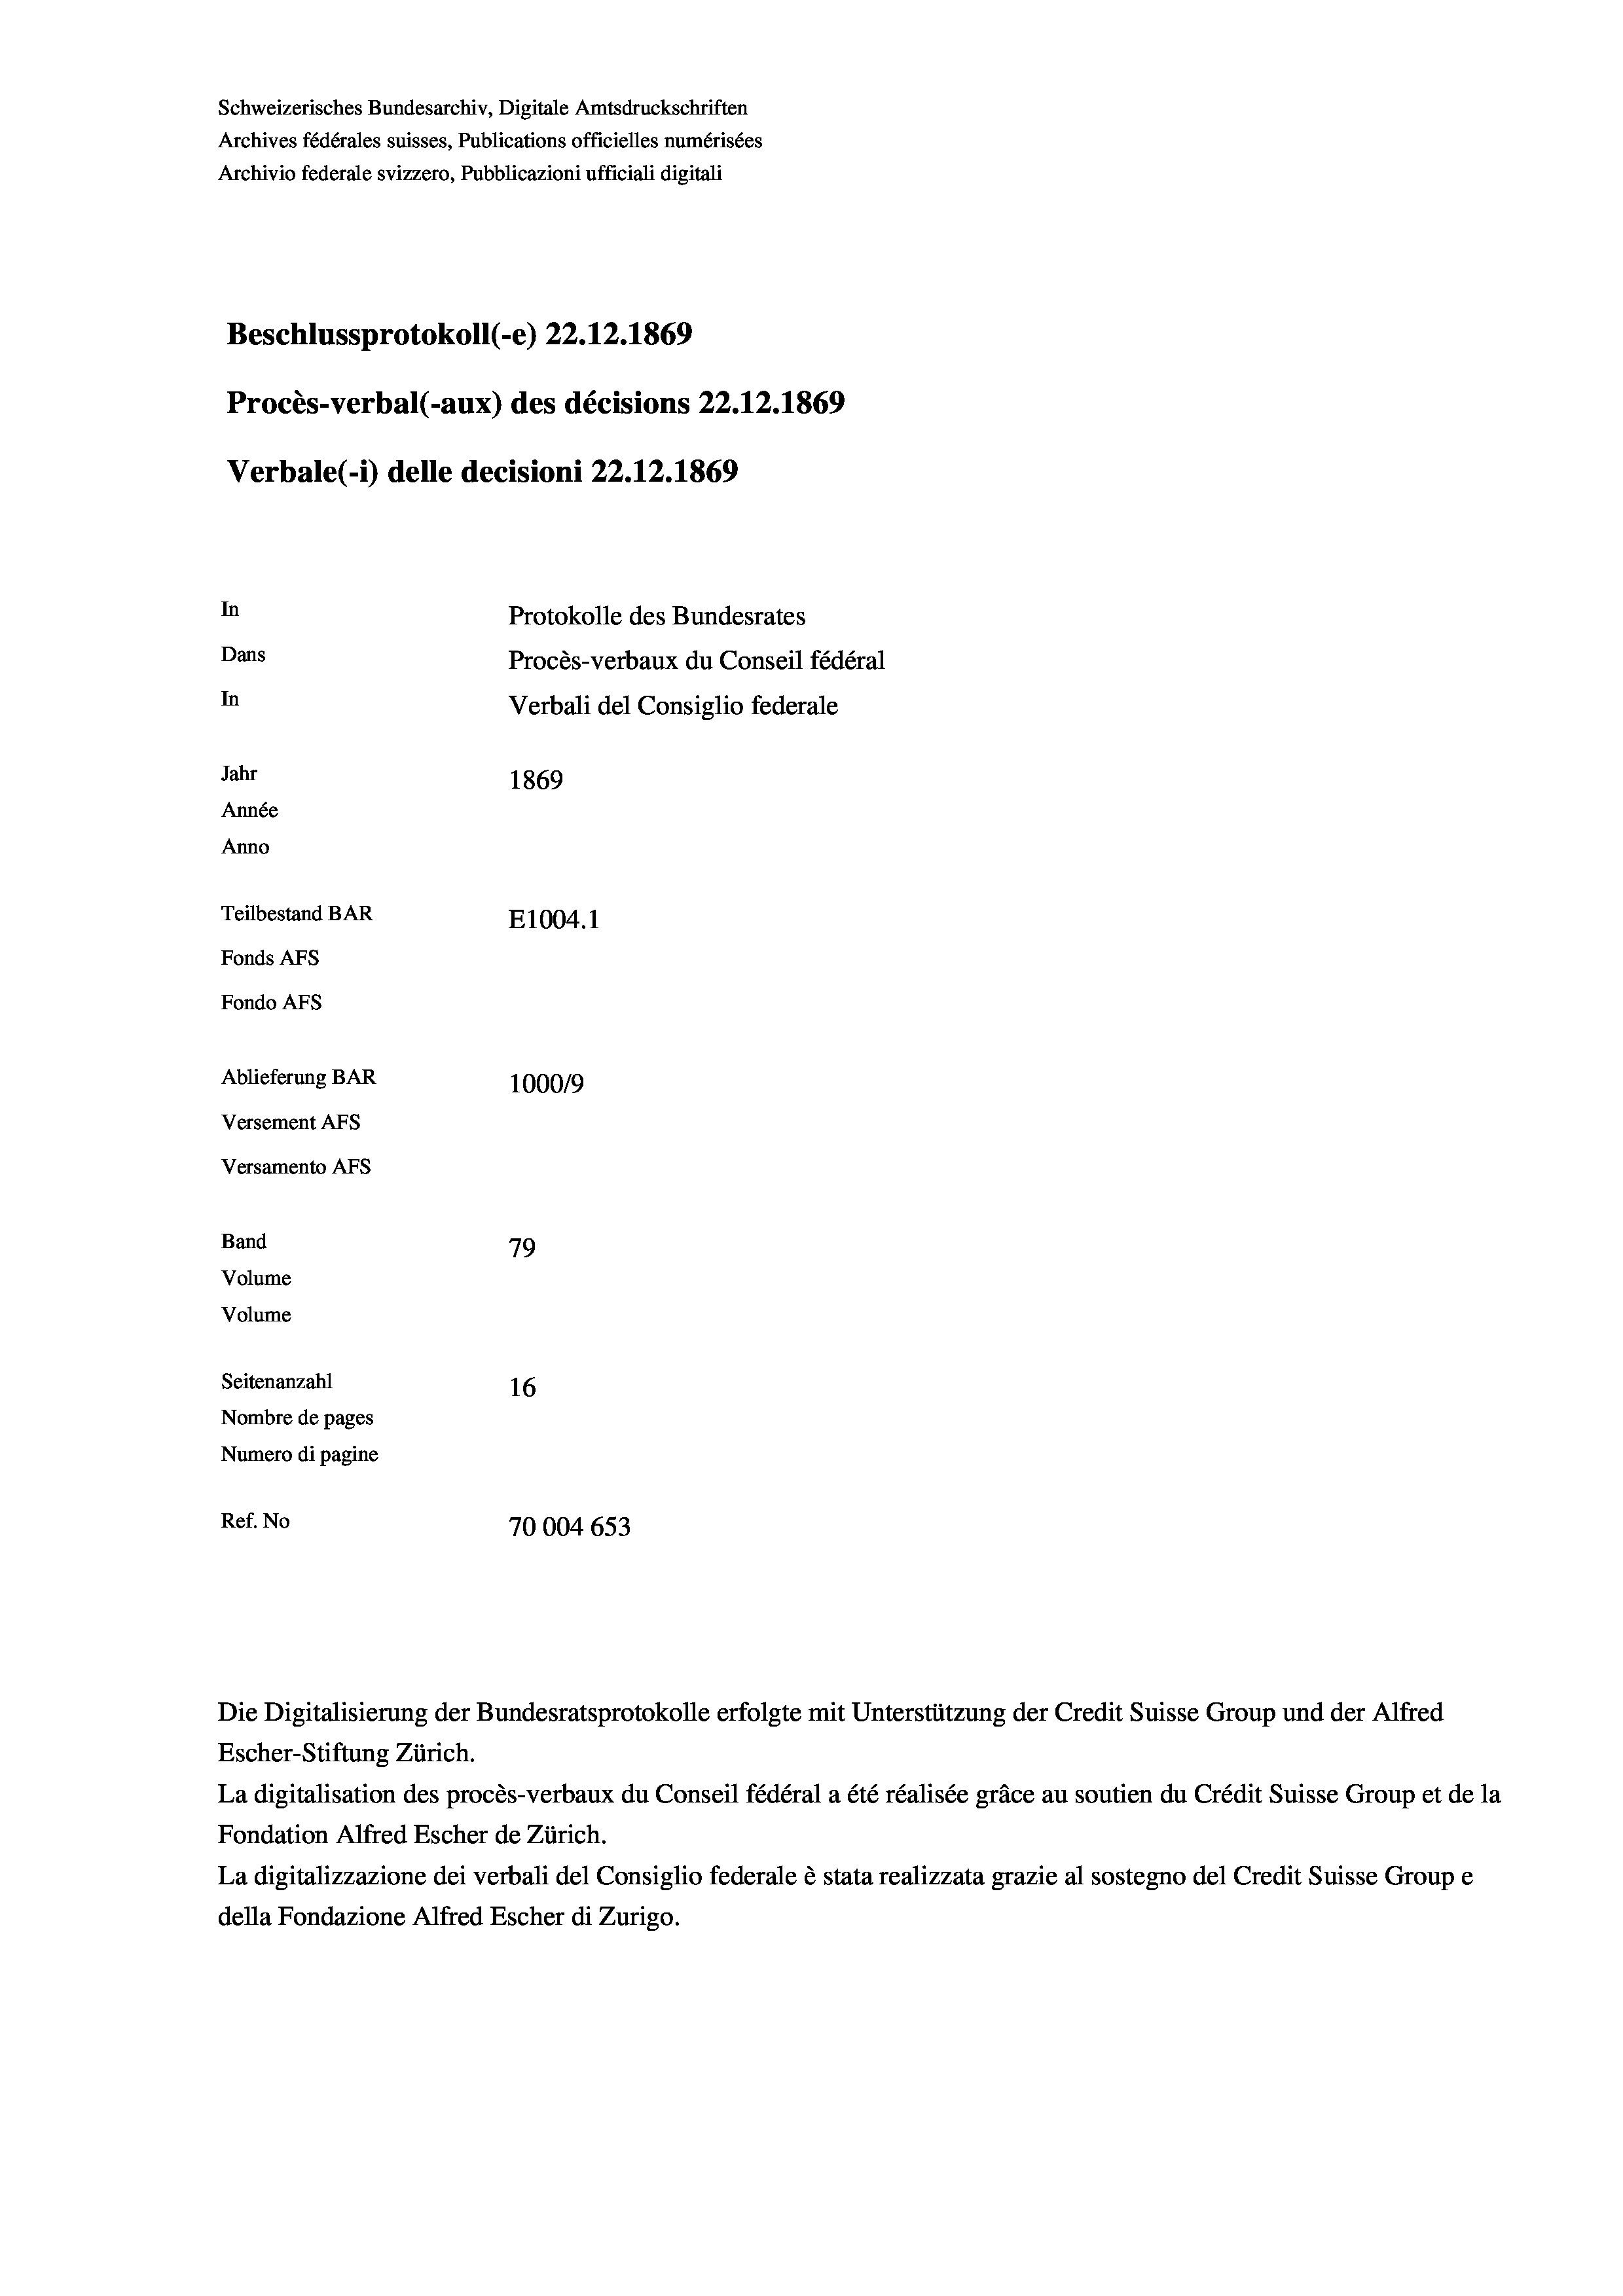
Schweizerisches Bundesarchiv, Digitale Amtsdruckschriften
Archives fédérales suisses, Publications officielles numérisées
Archivio federale svizzero, Pubblicazioni ufficiali digitali
Beschlussprotokoll (-e) 22.12.1869
Procès-verbal (-aux) des décisions 22.12.1869
Verbale (1) delle decisioni 22.12.1869
In
Protokolle des Bundesrates
Dans
Procès-verbaux du Conseil fédéral
In
Verbali del Consiglio federale
Jahr
1869
Année
Anno
Teilbestand BAR
E1004.1
Fonds Afs
Fondo Afs
Ablieferung BAR
1000/9
Versement Abs
Versamento Afs

Band
Volume
Volume

79
Seitenanzahl
16
Nombre de pages
Numero di pagine
Ref. No
70004 653

Escher-Stiftung Zürich.
La digitalisation des procès-verbaux du Conseil fédéral a été réalisée gräce au soutien du Crédit Suisse Group et de la
Fondation Alfred Escher de Zürich.
La digitalizzazione dei verbali del Consiglio federale è stata realizzata grazie al sostegno del Credit Suisse Groupe
della Fondazione Alfred Escher di Zurigo.

Die Digitalisierung der Bundesratsprotokolle erfolgte mit Unterstützung der Credit Suisse Group und der Alfred